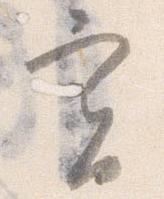
実